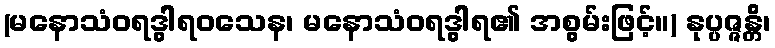
(မနောသံဝရဒွါရဝသေန၊ မနောသံဝရဒွါရ၏ အစွမ်းဖြင့်။) နုပ္ပဇ္ဇန္တိ၊